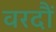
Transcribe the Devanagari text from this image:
वरदौं